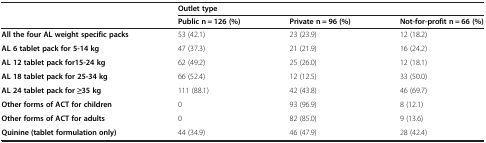
<table><thead><tr><td rowspan="2"><b> </b></td><td colspan="3"><b>Outlet type</b></td></tr><tr><td><b>Public n = 126 (%)</b></td><td><b>Private n = 96 (%)</b></td><td><b>Not-for-profit n = 66 (%)</b></td></tr></thead><tbody><tr><td><b>All the four AL weight specific packs</b></td><td>53 (42.1)</td><td>23 (23.9)</td><td>12 (18.2)</td></tr><tr><td><b>AL 6 tablet pack for 5-14 kg</b></td><td>47 (37.3)</td><td>21 (21.9)</td><td>16 (24.2)</td></tr><tr><td><b>AL 12 tablet pack for15-24 kg</b></td><td>62 (49.2)</td><td>25 (26.0)</td><td>12 (18.1)</td></tr><tr><td><b>AL 18 tablet pack for 25-34 kg</b></td><td>66 (52.4)</td><td>12 (12.5)</td><td>33 (50.0)</td></tr><tr><td><b>AL 24 tablet pack for ≥35 kg</b></td><td>111 (88.1)</td><td>42 (43.8)</td><td>46 (69.7)</td></tr><tr><td><b>Other forms of ACT for children</b></td><td>0</td><td>93 (96.9)</td><td>8 (12.1)</td></tr><tr><td><b>Other forms of ACT for adults</b></td><td>0</td><td>82 (85.0)</td><td>9 (13.6)</td></tr><tr><td><b>Quinine (tablet formulation only)</b></td><td>44 (34.9)</td><td>46 (47.9)</td><td>28 (42.4)</td></tr></tbody></table>